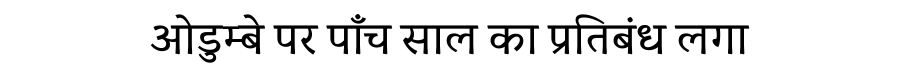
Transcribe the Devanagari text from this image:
ओडुम्बे पर पाँच साल का प्रतिबंध लगा